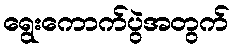
ရွေးကောက်ပွဲအတွက်